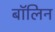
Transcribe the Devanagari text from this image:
बॉलिन